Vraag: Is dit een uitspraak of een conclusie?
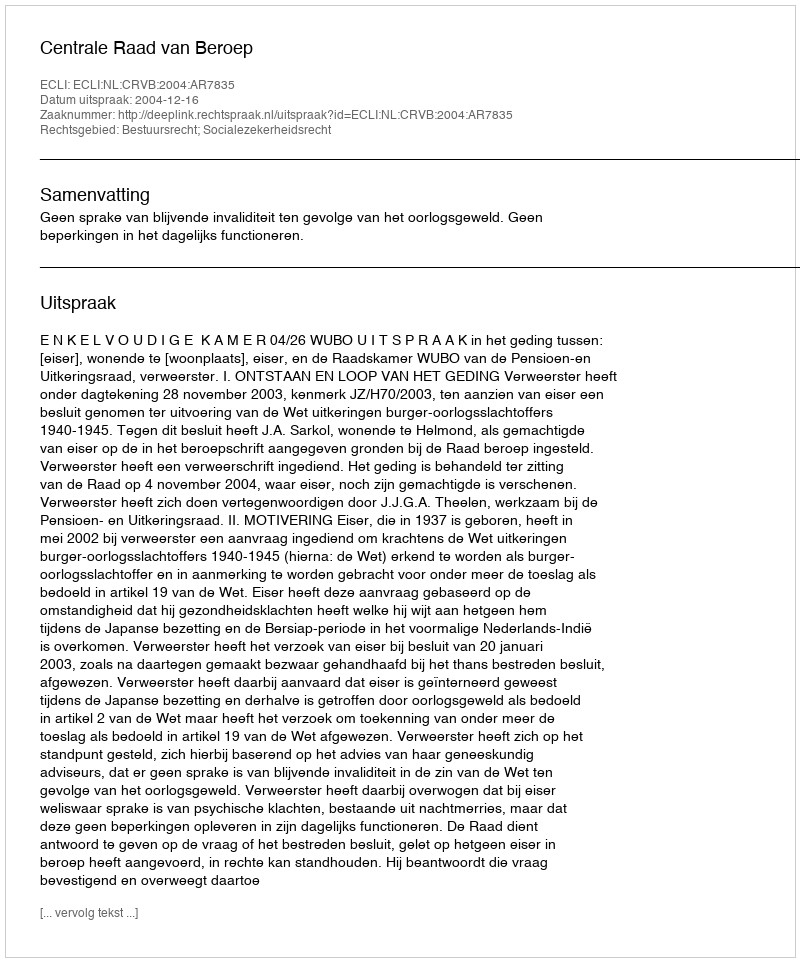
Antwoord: Uitspraak